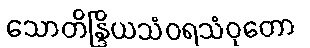
သောတိန္ဒြိယသံဝရသံဝုတော